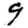
Digit: 9